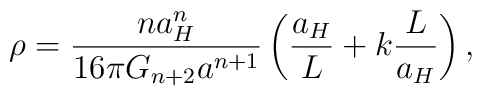
\rho={{na^n_H}\over{16\pi G_{n+2}a^{n+1}}}\left({a_H\over L}+k{L\over a_H}\right),